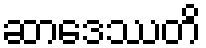
ဆာဒေဿတိ